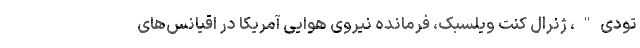
تودی"، ژنرال کنت ویلسبک، فرمانده نیروی هوایی آمریکا در اقیانس‌های